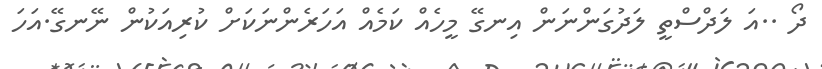
ދޯ ..އަ ލަދްސްތީ ލަދުގަންނަން އިނގޭ މީހެއް ކަމެއް އަހަރެންނަކަށް ކުރިއަކުން ނޭނގޭ.އަހަ